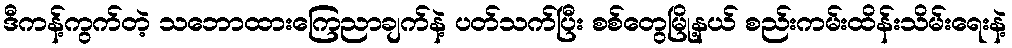
ဒီကန့်ကွက်တဲ့ သဘောထားကြေညာချက်နဲ့ ပတ်သက်ပြီး စစ်တွေမြို့နယ် စည်းကမ်းထိန်းသိမ်းရေးနဲ့